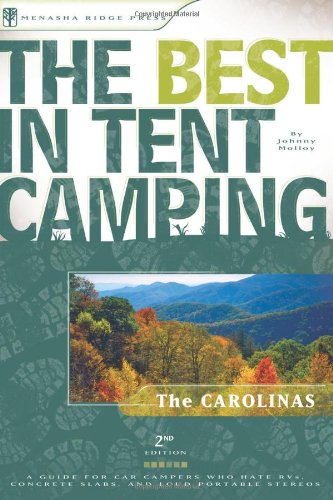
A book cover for The Best in Tent Camping: The Carolinas: A Guide for Car Campers Who Hate RVs, Concrete Slabs, and Loud Portable Stereos (Best Tent Camping); Johnny Molloy; Travel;